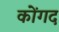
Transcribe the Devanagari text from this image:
कोंगद